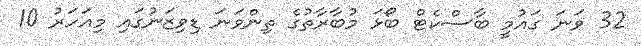
32 ވަނަ ގައުމީ ބާސްކެޓް ބޯޅަ މުބާރާތުގެ ތިންވަނަ ޑިވިޒަނުގައި މިއަހަރު 10